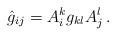
LaTeX: \begin{align*}\hat g_{ij} = A^{k}_{i}g_{kl}A^{l}_{j} \, .\end{align*}